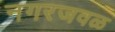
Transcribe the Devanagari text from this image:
नगरजवळ